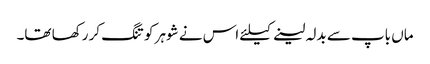
ماں باپ سے بدلہ لینے کیلئے اس نے شوہر کو تنگ کر رکھا تھا۔